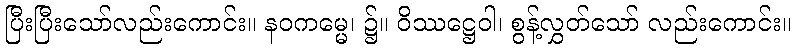
ပြီးပြီးသော်လည်းကောင်း။ နဝကမ္မေ၊ ၌။ ဝိဿဋ္ဌေဝါ၊ စွန့်လွှတ်သော် လည်းကောင်း။